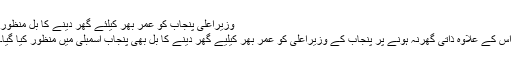
وزیراعلیٰ پنجاب کو عمر بھر کیلئے گھر دینے کا بل منظور
اس کے علاوہ ذاتی گھرنہ ہونے پر پنجاب کے وزیراعلیٰ کو عمر بھر کیلیے گھر دینے کا بل بھی پنجاب اسمبلی میں منظور کیا گیا۔